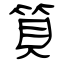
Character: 筫